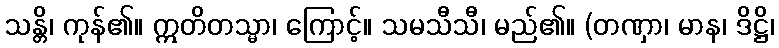
သန္တိ၊ ကုန်၏။ ဣတိတသ္မာ၊ ကြောင့်။ သမသီသီ၊ မည်၏။ (တဏှာ၊ မာန၊ ဒိဋ္ဌိ၊